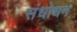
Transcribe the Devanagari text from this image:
संधोधन